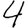
Digit: 4